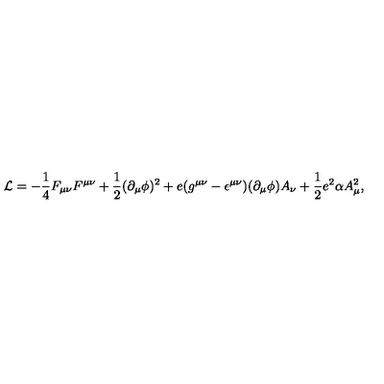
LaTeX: { \cal L } = - \frac { 1 } { 4 } F _ { \mu \nu } F ^ { \mu \nu } + \frac { 1 } { 2 } ( \partial _ { \mu } \phi ) ^ { 2 } + e ( g ^ { \mu \nu } - \epsilon ^ { \mu \nu } ) ( \partial _ { \mu } \phi ) A _ { \nu } + \frac { 1 } { 2 } e ^ { 2 } \alpha A _ { \mu } ^ { 2 } ,